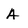
Character: A